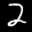
Label: 2